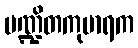
ပဏ္ဍိတကုမာရက